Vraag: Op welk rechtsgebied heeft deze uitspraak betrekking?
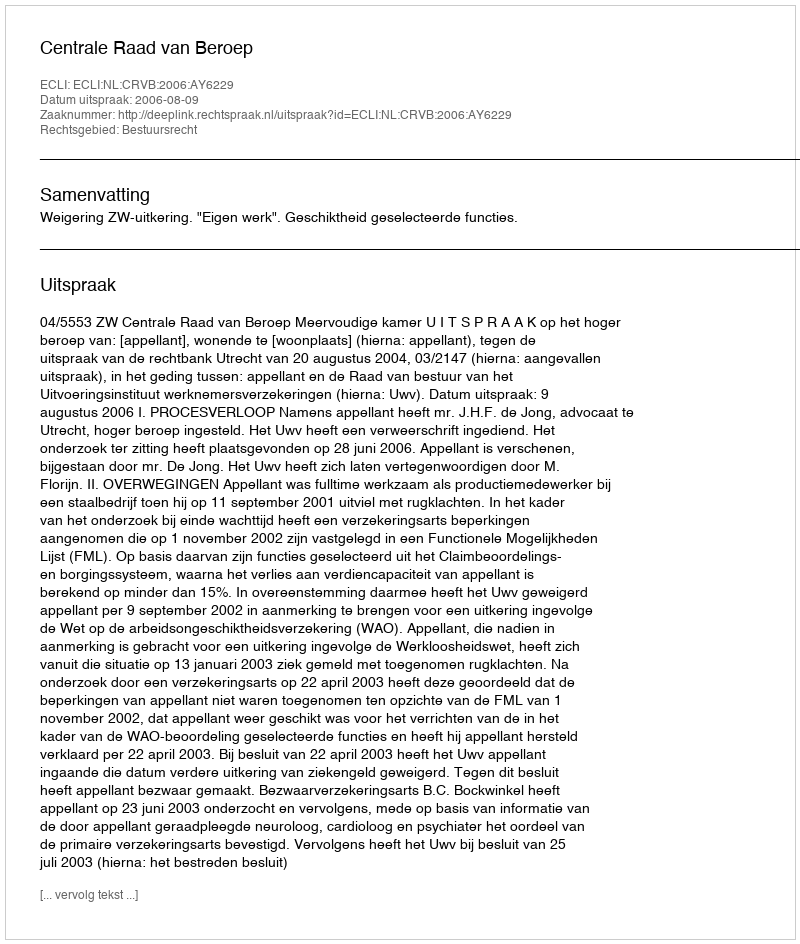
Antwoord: Bestuursrecht